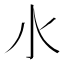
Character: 𣱱